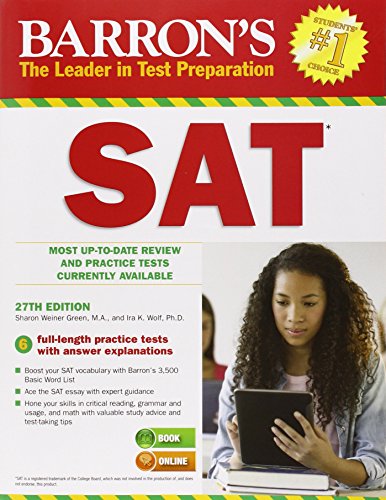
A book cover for Barron's SAT, 27th Edition (Barron's Sat (Book Only)); Sharon Weiner Green M.A.; Test Preparation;